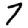
Digit: 7